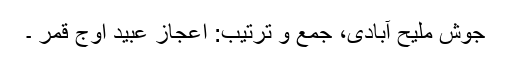
جوش ملیح آبادی، جمع و ترتیب: اعجاز عبید اوجِ قمر ۔